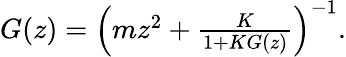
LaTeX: \begin{array}{r}{G(z)=\left(mz^{2}+\frac{K}{1+KG(z)}\right)^{-1}.}\end{array}